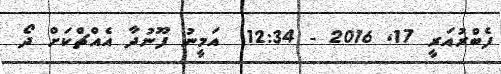
ފެބްރުއަރީ 17